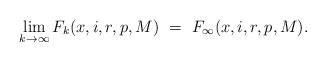
LaTeX: \begin{align*}\lim_{k\rightarrow\infty} F_k(x,i,r,p,M) \ = \ F_\infty(x,i,r,p,M).\end{align*}